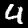
Label: 4